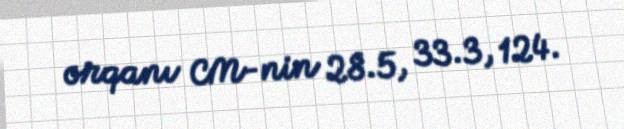
orqanı CM-nin 28.5, 33.3, 124.